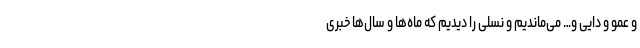
و عمو و دایی و… می‌ماندیم و نسلی را دیدیم که ماه‌ها و سال‌ها خبری